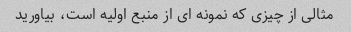
مثالی از چیزی که نمونه ای از منبع اولیه است، بیاورید